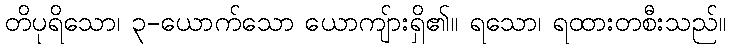
တိပုရိသော၊ ၃-ယောက်သော ယောကျ်ားရှိ၏။ ရသော၊ ရထားတစီးသည်။